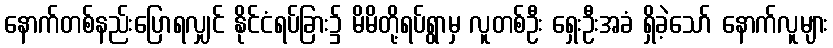
နောက်တစ်နည်းပြောရလျှင် နိုင်ငံရပ်ခြား၌ မိမိတို့ရပ်ရွာမှ လူတစ်ဦး ရှေးဦးအခံ ရှိခဲ့သော် နောက်လူများ